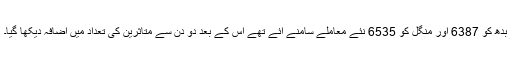
بدھ کو 6387 اور منگل کو 6535 نئے معاملے سامنے آئے تھے اس کے بعد دو دن سے متاثرین کی تعداد میں اضافہ دیکھا گیا۔